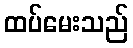
ထပ်မေးသည်